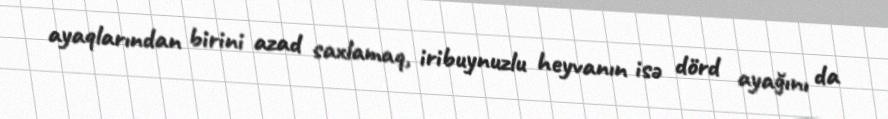
ayaqlarından birini azad saxlamaq, iribuynuzlu heyvanın isə dörd ayağını da